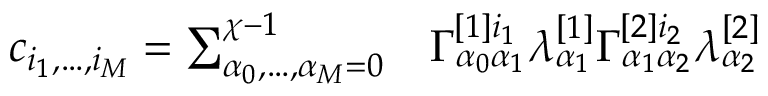
\begin{array} { r l } { c _ { i _ { 1 } , \dots , i _ { M } } = \sum _ { \alpha _ { 0 } , \dots , \alpha _ { M } = 0 } ^ { \chi - 1 } } & { { } \Gamma _ { \alpha _ { 0 } \alpha _ { 1 } } ^ { [ 1 ] i _ { 1 } } \lambda _ { \alpha _ { 1 } } ^ { [ 1 ] } \Gamma _ { \alpha _ { 1 } \alpha _ { 2 } } ^ { [ 2 ] i _ { 2 } } \lambda _ { \alpha _ { 2 } } ^ { [ 2 ] } } \end{array}